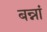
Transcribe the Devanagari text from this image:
बन्नां